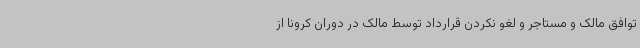
توافق مالک و مستاجر و لغو نکردن قرارداد توسط مالک در دوران کرونا از